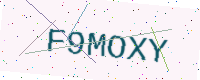
Text: F9MOXY